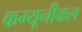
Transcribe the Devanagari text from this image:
कम्यूनीकल